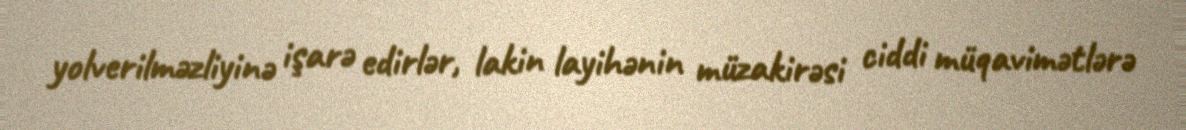
yolverilməzliyinə işarə edirlər, lakin layihənin müzakirəsi ciddi müqavimətlərə